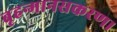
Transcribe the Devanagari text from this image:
बृहन्मानसकरण।